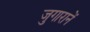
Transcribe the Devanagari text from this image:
जुगारानें